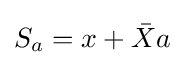
S_{a}=x+{\bar {X}}a